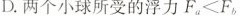
D.两个小球所受的浮力F_a < F_b